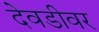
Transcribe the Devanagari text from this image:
देवडीवर